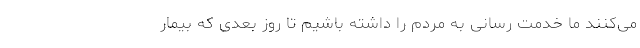
می‌کنند ما خدمت رسانی به مردم را داشته باشیم تا روز بعدی که بیمار